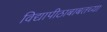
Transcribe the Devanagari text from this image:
विद्यापीठाबाबतच्या